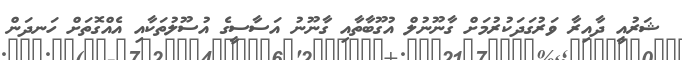
ޝަރުއީ ދާއިރާ ވަރުގަދަކުރުމަށް ގާނޫނުލް އުގޫބާތާއި ގާނޫނު އަސާސީގެ އުސޫލުތަކާއި އެއްގޮތަށް ހަނދަން